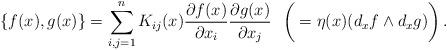
LaTeX: \begin{align*}\{f(x),g(x)\}=\sum_{i,j=1}^nK_{ij}(x)\frac{\partial f(x)}{\partial x_i}\frac{\partial g(x)}{\partial x_j}\,\,\,\,\bigg(=\eta(x)(d_x f\wedge d_x g)\bigg)\,.\end{align*}